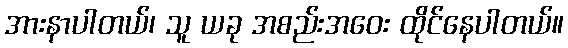
အားနာပါတယ်၊ သူ ယခု အစည်းအဝေး ထိုင်နေပါတယ်။